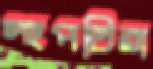
স্থপতিরা